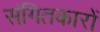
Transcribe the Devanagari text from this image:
संगितकारों